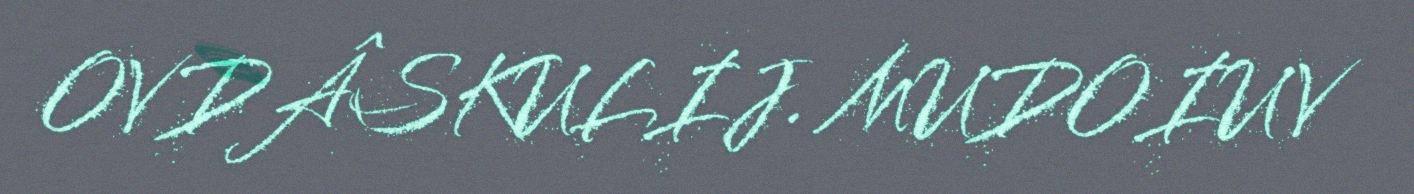
OVDÂSKULIJ. MUDOIUV